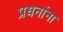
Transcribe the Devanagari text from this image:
प्रधनांना